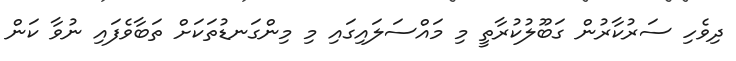
ދިވެހި ސަރުކާރުން ގަބޫލުކުރާތީ މި މައްސަލައިގައި މި މިންގަނޑުތަކަށް ތަބާވެފައި ނުވާ ކަން